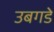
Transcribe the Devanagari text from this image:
उबगडे